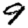
Digit: 9